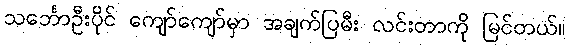
သင်္ဘောဦးပိုင် ကျော်ကျော်မှာ အချက်ပြမီး လင်းတာကို မြင်တယ်။